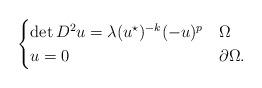
LaTeX: \begin{align*}\begin{cases}\det D^2u = \lambda(u^{\star})^{-k}(-u)^p&\Omega\\u = 0&\partial \Omega. \end{cases}\end{align*}